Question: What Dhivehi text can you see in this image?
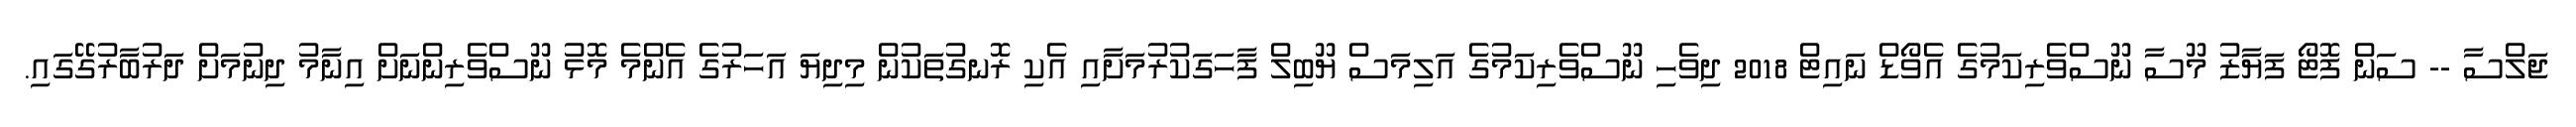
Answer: ޖަލްސާ -- ސަން ފޮޓޯ ފަޔާޒު މޫސާ ނޫސްވެރިކަމުގެ އެވޯޑް ނައިޓް 2018 ދިވެހި ނޫސްވެރިކަމުގެ އަލިމަސް ޔޫބިލް ފާހަގަކުރުމަށާއި އެކި ރޮނގުތަކުން މިދިޔަ އަހަރުގެ އެންމެ މޮޅު ނޫސްވެރިންނަށް އިނާމު ދިނުމަށް ދަރުބާރުގޭގައި.